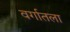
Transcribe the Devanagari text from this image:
वर्गातला